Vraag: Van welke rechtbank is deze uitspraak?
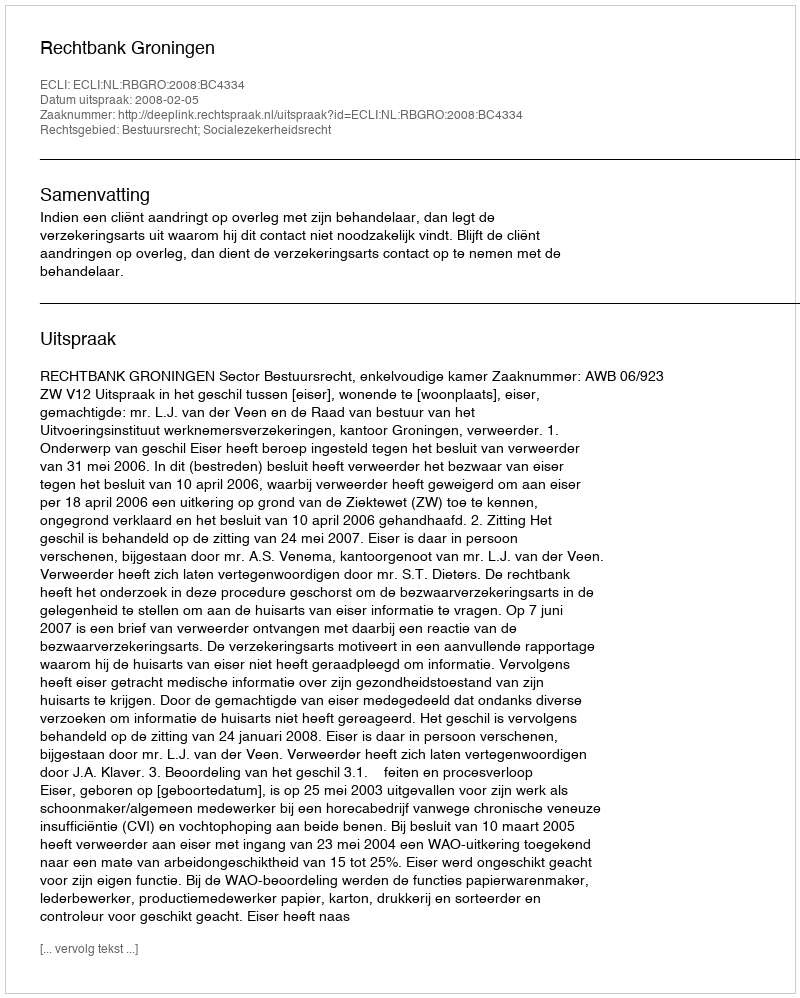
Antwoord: Rechtbank Groningen